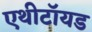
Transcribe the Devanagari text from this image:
एथीटॉयड